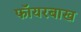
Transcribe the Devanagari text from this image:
फॉयरबाख